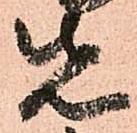
先